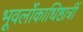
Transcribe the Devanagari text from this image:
भूवर्लोकाधिष्ठात्रीं